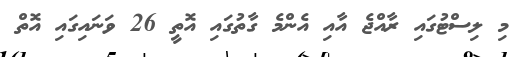
މި ލިސްޓުގައި ރާއްޖެ އާއި އެންމެ ގާތުގައި އޮތީ 26 ވަނައިގައި އޮތް